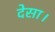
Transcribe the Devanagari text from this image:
देसा।